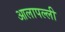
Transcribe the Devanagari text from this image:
आलापल्ली